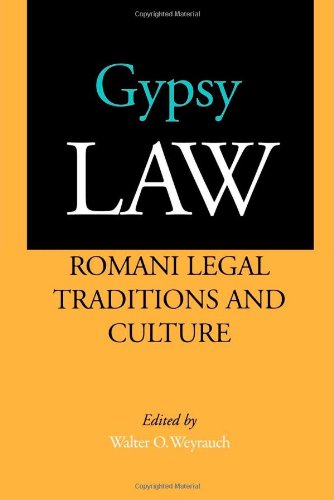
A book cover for Gypsy Law: Romani Legal Traditions and Culture; Law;